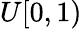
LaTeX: U[0,1)